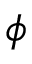
\phi